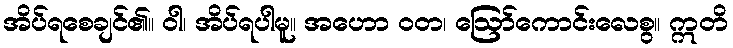
အိပ်ရစေချင်၏။ ဝါ၊ အိပ်ရပါမူ။ အဟော ဝတ၊ ဩော်ကောင်းလေစွ။ ဣတိ